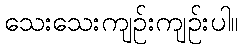
သေးသေးကျဉ်းကျဉ်းပါ။